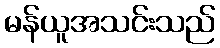
မန်ယူအသင်းသည်